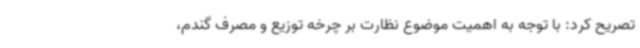
تصریح کرد: با توجه به اهمیت موضوع نظارت بر چرخه توزیع و مصرف گندم،